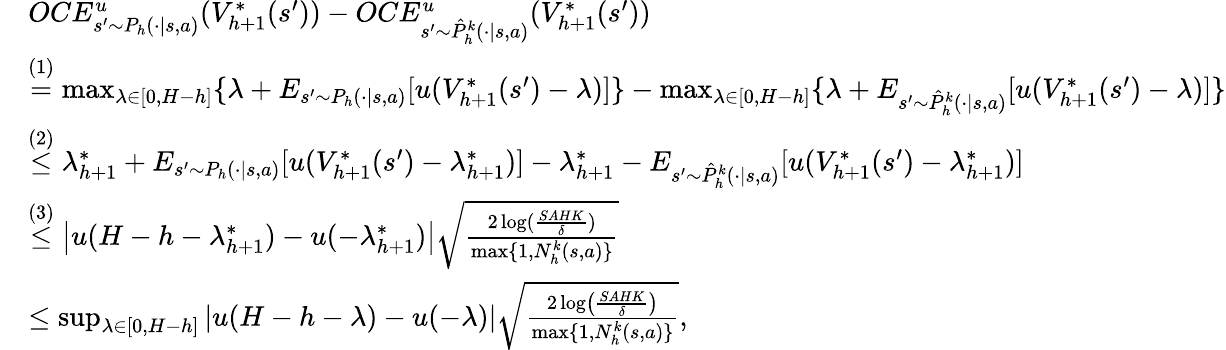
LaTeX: \begin{array}{rl}&{OCE_{s^{\prime}\sim P_{h}(\cdot\vert s,a)}^{u}(V_{h+1}^{*}(s^{\prime}))-OCE_{s^{\prime}\sim\hat{P}_{h}^{k}(\cdot\vert s,a)}^{u}(V_{h+1}^{*}(s^{\prime}))}\\ &{\overset{(1)}{=}\operatorname*{max}_{\lambda\in[0,H-h]}\{ \lambda+E_{s^{\prime}\sim P_{h}(\cdot\vert s,a)}[u(V_{h+1}^{*}(s^{\prime})-\lambda)]\} -\operatorname*{max}_{\lambda\in[0,H-h]}\{ \lambda+E_{s^{\prime}\sim\hat{P}_{h}^{k}(\cdot\vert s,a)}[u(V_{h+1}^{*}(s^{\prime})-\lambda)]\} }\\ &{\overset{(2)}{\leq}\lambda_{h+1}^{*}+E_{s^{\prime}\sim P_{h}(\cdot\vert s,a)}[u(V_{h+1}^{*}(s^{\prime})-\lambda_{h+1}^{*})]-\lambda_{h+1}^{*}-E_{s^{\prime}\sim\hat{P}_{h}^{k}(\cdot\vert s,a)}[u(V_{h+1}^{*}(s^{\prime})-\lambda_{h+1}^{*})]}\\ &{\overset{(3)}{\leq}\left\vert u(H-h-\lambda_{h+1}^{*})-u(-\lambda_{h+1}^{*})\right\vert\sqrt{\frac{2\log(\frac{SAHK}{\delta})}{\operatorname*{max}\{ 1,N_{h}^{k}(s,a)\} }}}\\ &{\leq\operatorname*{sup}_{\lambda\in[0,H-h]}\vert u(H-h-\lambda)-u(-\lambda)\vert\sqrt{\frac{2\log\left(\frac{SAHK}{\delta}\right)}{\operatorname*{max}\{ 1,N_{h}^{k}(s,a)\} }},}\end{array}